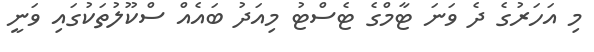
މި އަހަރުގެ ދެ ވަނަ ޓާމްގެ ޓެސްޓު މިއަދު ބައެއް ސްކޫލުތަކުގައި ވަނީ